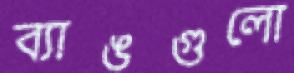
ব্যাঙগুলো